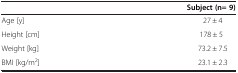
|  | Subject (n= 9) |
 | --- | --- |
 | Age [y] | 27 ± 4 |
 | Height [cm] | 178 ± 5 |
 | Weight [kg] | 73.2 ± 7.5 |
 | BMI [kg/m2] | 23.1 ± 2.3 |